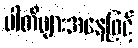
ပါတီများအနေဖြင့်